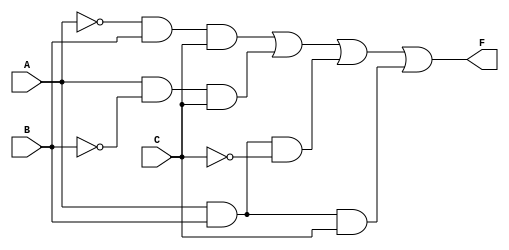
module combinational_logic (
    input wire A,      // Input A
    input wire B,      // Input B
    input wire C,      // Input C
    output wire F      // Output F
);

// Internal signals for intermediate results
wire A_not;
wire B_not;
wire C_not;
wire term1; // A'BC
wire term2; // AB'C
wire term3; // ABC'
wire term4; // ABC

// NOT gates for inputs
not (A_not, A);
not (B_not, B);
not (C_not, C);

// AND gates for each term
and (term1, A_not, B, C); // A'BC
and (term2, A, B_not, C); // AB'C
and (term3, A, B, C_not); // ABC'
and (term4, A, B, C);     // ABC

// OR gate to combine all terms
or (F, term1, term2, term3, term4); // F = A'BC + AB'C + ABC' + ABC

endmodule